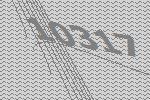
10317